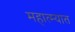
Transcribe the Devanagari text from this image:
महात्म्यात